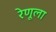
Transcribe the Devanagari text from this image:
रेणूला